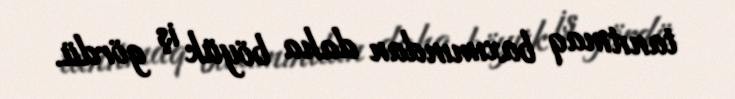
tanıtmaq baxımından daha böyük iş gördü.